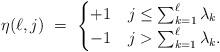
LaTeX: \begin{align*}\eta(\ell,j) \ =\ \begin{cases} +1 & j\leq\sum_{k=1}^{\ell}\lambda_{k} \\-1 & j>\sum_{k=1}^{\ell}\lambda_{k}. \end{cases}\end{align*}